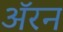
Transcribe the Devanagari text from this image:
अॅरन